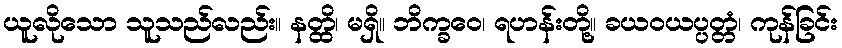
ယူလိုသော သူသည်လည်း။ နတ္ထိ၊ မရှိ။ ဘိက္ခဝေ၊ ရဟန်းတို့။ ခယဝယပ္ပတ္တံ၊ ကုန်ခြင်း